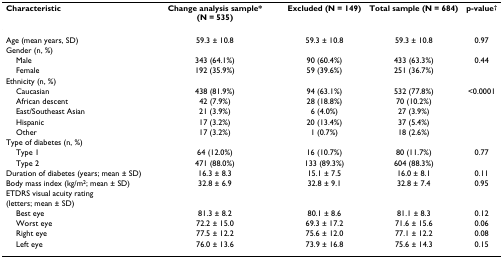
| Characteristic | Change analysis sample* (N = 535) | Excluded (N = 149) | Total sample (N = 684) | p-value† |
 | --- | --- | --- | --- | --- |
 | Age (mean years, SD) | 59.3 ± 10.8 | 59.3 ± 10.8 | 59.3 ± 10.8 | 0.97 |
 | Gender (n, %) |  |  |  |  |
 | Male | 343 (64.1%) | 90 (60.4%) | 433 (63.3%) | 0.44 |
 | Female | 192 (35.9%) | 59 (39.6%) | 251 (36.7%) |  |
 | Ethnicity (n, %) |  |  |  |  |
 | Caucasian | 438 (81.9%) | 94 (63.1%) | 532 (77.8%) | <0.0001 |
 | African descent | 42 (7.9%) | 28 (18.8%) | 70 (10.2%) |  |
 | East/Southeast Asian | 21 (3.9%) | 6 (4.0%) | 27 (3.9%) |  |
 | Hispanic | 17 (3.2%) | 20 (13.4%) | 37 (5.4%) |  |
 | Other | 17 (3.2%) | 1 (0.7%) | 18 (2.6%) |  |
 | Type of diabetes (n, %) |  |  |  |  |
 | Type 1 | 64 (12.0%) | 16 (10.7%) | 80 (11.7%) | 0.77 |
 | Type 2 | 471 (88.0%) | 133 (89.3%) | 604 (88.3%) |  |
 | Duration of diabetes (years; mean ± SD) | 16.3 ± 8.3 | 15.1 ± 7.5 | 16.0 ± 8.1 | 0.11 |
 | Body mass index (kg/m2; mean ± SD) | 32.8 ± 6.9 | 32.8 ± 9.1 | 32.8 ± 7.4 | 0.95 |
 | ETDRS visual acuity rating (letters; mean ± SD) |  |  |  |  |
 | Best eye | 81.3 ± 8.2 | 80.1 ± 8.6 | 81.1 ± 8.3 | 0.12 |
 | Worst eye | 72.2 ± 15.0 | 69.3 ± 17.2 | 71.6 ± 15.6 | 0.06 |
 | Right eye | 77.5 ± 12.2 | 75.6 ± 12.0 | 77.1 ± 12.2 | 0.08 |
 | Left eye | 76.0 ± 13.6 | 73.9 ± 16.8 | 75.6 ± 14.3 | 0.15 |